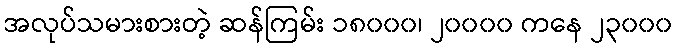
အလုပ်သမားစားတဲ့ ဆန်ကြမ်း ၁၈၀၀၀၊ ၂၀၀၀၀ ကနေ ၂၃၀၀၀